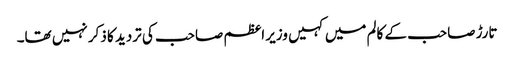
تارڑ صاحب کے کالم میں کہیں وزیر اعظم صاحب کی تردید کا ذکر نہیں تھا۔